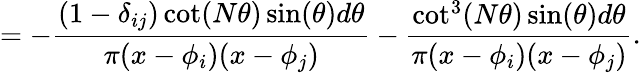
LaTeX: =-\frac{(1-\delta_{ij})\cot(N\theta)\sin(\theta)d\theta}{\pi(x-\phi_{i})(x-\phi_{j})}-\frac{\cot^{3}(N\theta)\sin(\theta)d\theta}{\pi(x-\phi_{i})(x-\phi_{j})}.